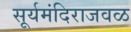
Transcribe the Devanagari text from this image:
सूर्यमंदिराजवळ